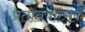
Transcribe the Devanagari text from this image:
प्रतातंत्रात्मक